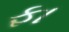
ફા